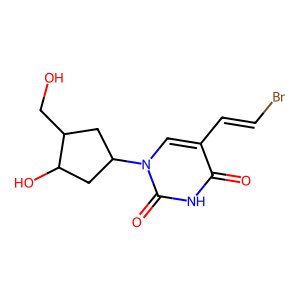
SMILES: O=c1[nH]c(=O)n(C2CC(O)C(CO)C2)cc1C=CBr
Inhibits HIV replication: No